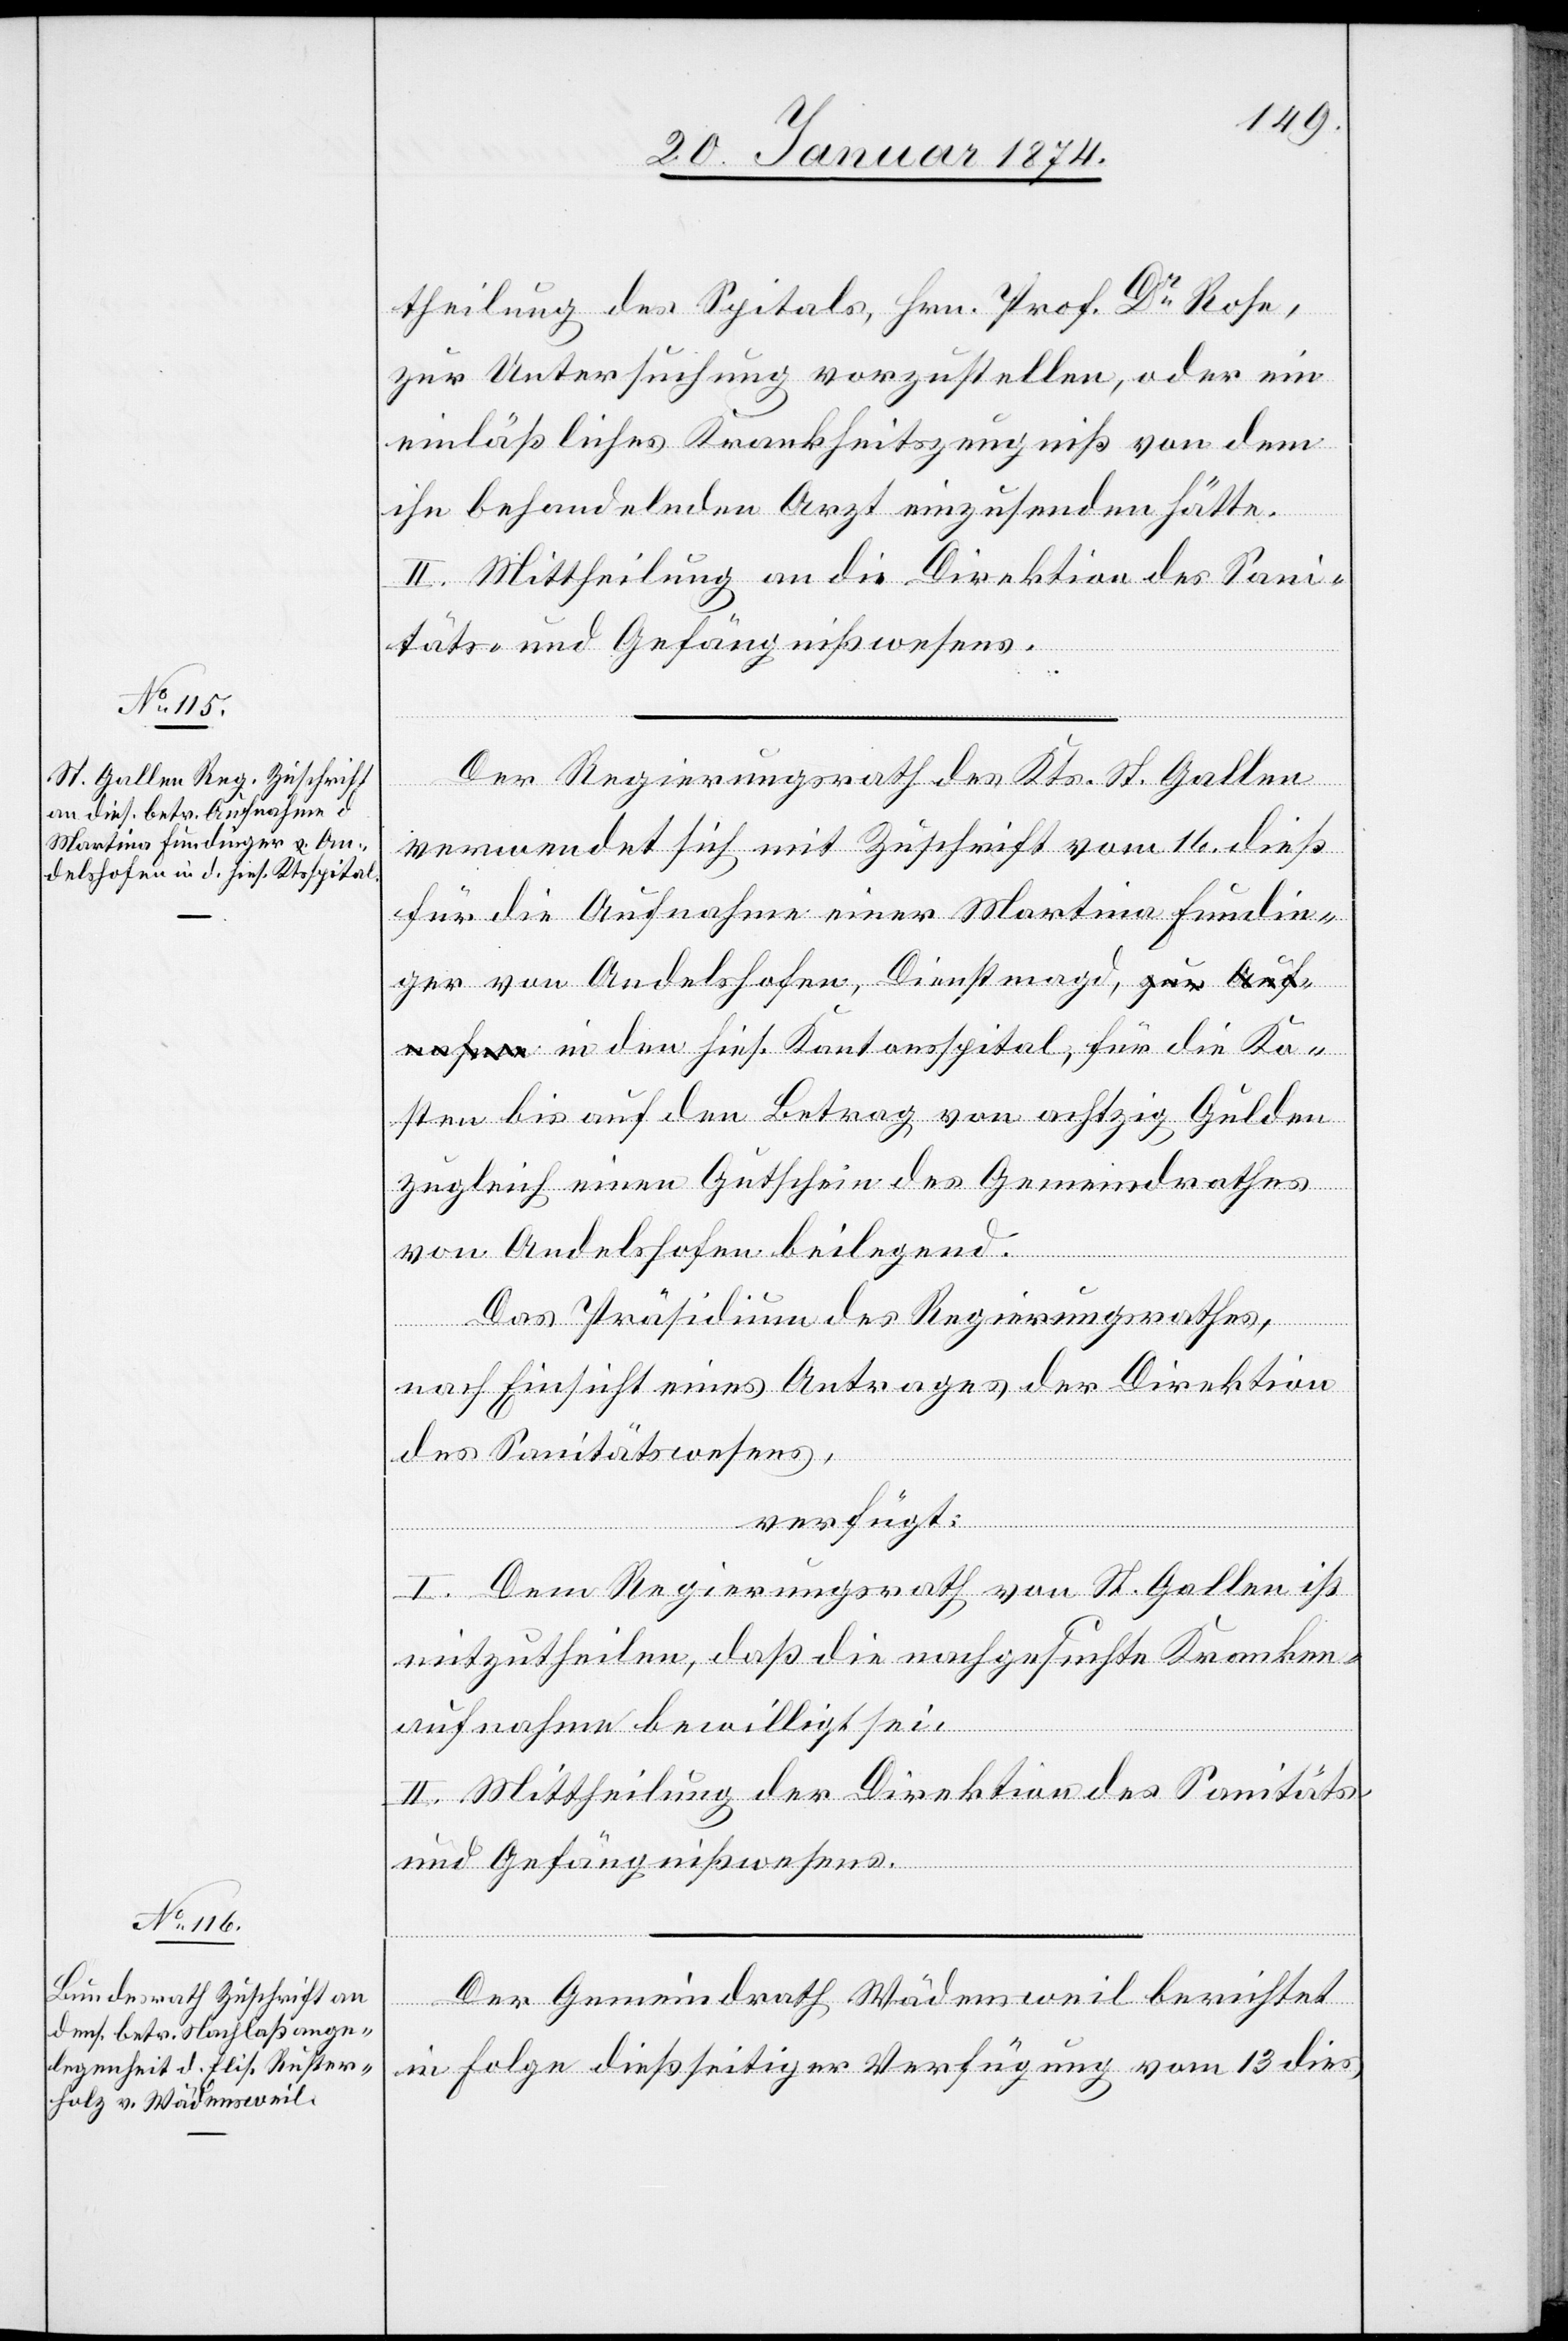
22. Januar 1874.]
theilung des Spitals, Hrn. Prof. Dr Rose
zur Untersuchung vorzustellen, oder ein
einläßliches Krankheitszeugniß von dem
ihn behandelnden Arzt einzusenden hätte.
II. Mittheilung an die Direktion des Sani¬
täts- und Gefängnißwesens.
Der Regierungsrath des Kts. St. Gallen
verwendet sich mit Zuschrift vom 16. dieß
für die Aufnahme einer Martina Fundin¬
ger von Andelshofen, Dienstmagd, in den
Kosten bis auf den Betrag von achtzig Gulden
zugleich einen Gutschein des Gemeindrathes
von Andelshofen beilegend.
Das Präsidium des Regierungsrathes,
nach Einsicht eines Antrages der Direktion
des Sanitätswesens,
verfügt:
I. Dem Regierungsrath von St. Gallen ist
mitzutheilen, daß die nachgesuchte Kranken¬
aufnahme bewilligt sei.
II. Mittheilung der Direktion des Sanitäts-
und Gefängnißwesens.
Der Gemeindrath Wädensweil berichtet
in Folge dießseitiger Verfügung vom 13 dies